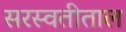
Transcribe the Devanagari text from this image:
सरस्वतीताल